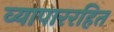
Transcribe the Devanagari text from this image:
व्यापाररहित